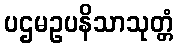
ပဌမဥပနိသာသုတ္တံ